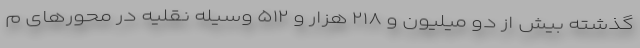
گذشته بیش از دو میلیون و ۲۱۸ هزار و ۵۱۲ وسیله نقلیه در محور‌های م